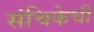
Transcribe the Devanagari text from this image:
संचिकेची